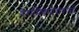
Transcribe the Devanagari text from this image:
पैरामिक्सोवायरसों